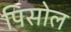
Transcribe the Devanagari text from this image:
पिसोल